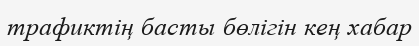
трафиктің басты бөлігін кең хабар